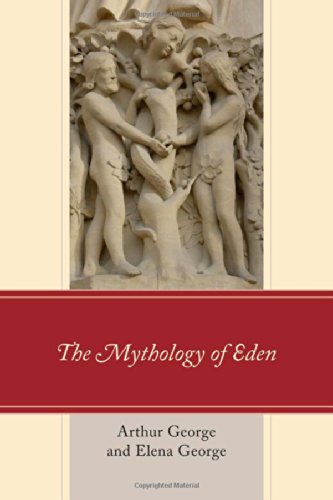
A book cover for The Mythology of Eden; Arthur George; Christian Books & Bibles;